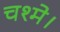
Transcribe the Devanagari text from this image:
चश्मे।